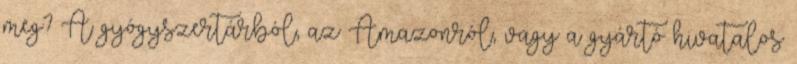
meg? A gyógyszertárból, az Amazonról, vagy a gyártó hivatalos